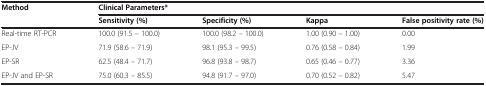
<table><thead><tr><td rowspan="2"><b>Method</b></td><td colspan="4"><b>Clinical Parameters*</b></td></tr><tr><td><b>Sensitivity (%)</b></td><td><b>Specificity (%)</b></td><td><b>Kappa</b></td><td><b>False positivity rate (%)</b></td></tr></thead><tbody><tr><td>Real-time RT-PCR</td><td>100.0 (91.5 – 100.0)</td><td>100.0 (98.2 – 100.0)</td><td>1.00 (0.90 – 1.00)</td><td>0.00</td></tr><tr><td>EP-JV</td><td>71.9 (58.6 – 71.9)</td><td>98.1 (95.3 – 99.5)</td><td>0.76 (0.58 – 0.84)</td><td>1.99</td></tr><tr><td>EP-SR</td><td>62.5 (48.4 – 71.7)</td><td>96.8 (93.8 – 98.7)</td><td>0.65 (0.46 – 0.77)</td><td>3.36</td></tr><tr><td>EP-JV and EP-SR</td><td>75.0 (60.3 – 85.5)</td><td>94.8 (91.7 – 97.0)</td><td>0.70 (0.52 – 0.82)</td><td>5.47</td></tr></tbody></table>